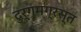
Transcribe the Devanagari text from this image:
दुर्गमग्रस्त